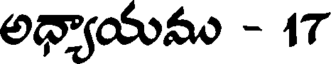
అధ్యాయము - 17